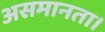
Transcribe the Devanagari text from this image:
असमानता।